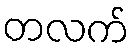
တလက်